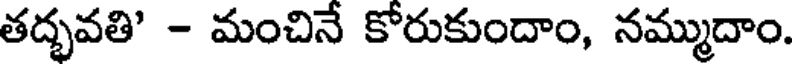
తద్భవతి' - మంచినే కోరుకుందాం, నమ్ముదాం.